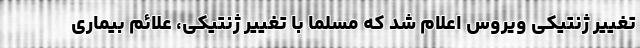
تغییر ژنتیکی ویروس اعلام شد که مسلما با تغییر ژنتیکی، علائم بیماری